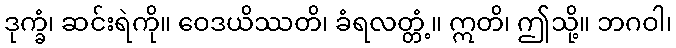
ဒုက္ခံ၊ ဆင်းရဲကို။ ဝေဒယိဿတိ၊ ခံရလတ္တံ့။ ဣတိ၊ ဤသို့။ ဘဂဝါ၊